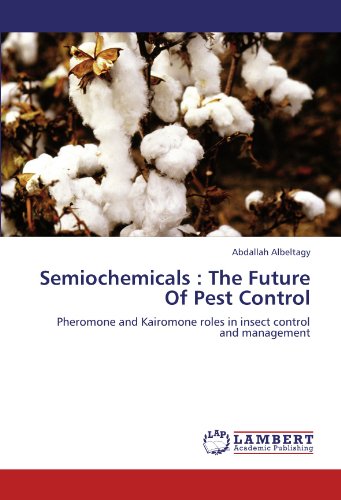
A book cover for Semiochemicals : The Future Of Pest Control: Pheromone and Kairomone roles in insect control and management; Abdallah Albeltagy; Crafts, Hobbies & Home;